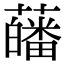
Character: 𧂉